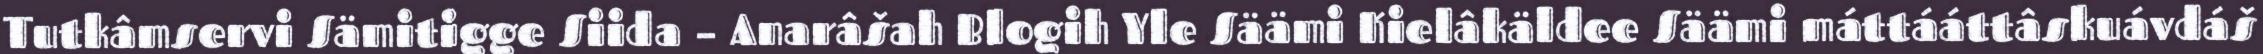
Tutkâmservi Sämitigge Siida – Anarâšah Blogih Yle Säämi Kielâkäldee Säämi máttááttâskuávdáš